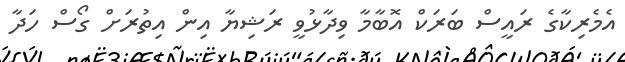
އެމެރިކާގެ ރައީސް ބަރަކް އޮބާމާ ވިދާޅުވީ ރަޝިޔާ އިން އިތުރަށް ގޯސް ހަދާ